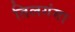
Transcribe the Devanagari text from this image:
तिलगंगा